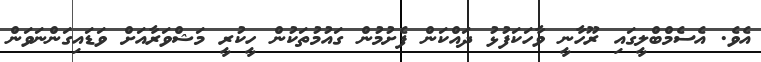
އެވެ. އެސެމްބްލީގައި ރޫހާނީ ވާހަކަފުޅު ދައްކަން ފެށުމުން ގައުމުތަކުން ހީކުރީ މަޝްވަރާއަށް ވަޑައިގަންނަވަން